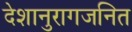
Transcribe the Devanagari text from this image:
देशानुरागजनित